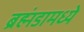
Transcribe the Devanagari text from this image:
ब्रह्मंडामध्ये